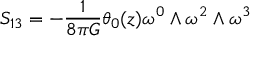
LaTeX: S _ { 1 3 } = - \frac { 1 } { 8 { \pi } G } { \theta } _ { 0 } ( z ) { \omega } ^ { 0 } \wedge { \omega } ^ { 2 } \wedge { \omega } ^ { 3 }